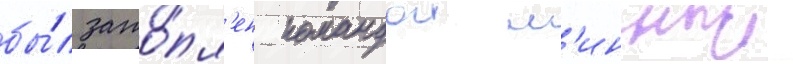
бы́л зато́пл'ен командои м'инныи